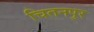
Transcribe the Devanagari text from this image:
चितनपुर